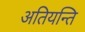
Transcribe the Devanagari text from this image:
अतियन्ति